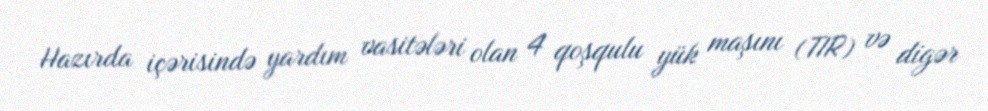
Hazırda içərisində yardım vasitələri olan 4 qoşqulu yük maşını (TIR) və digər